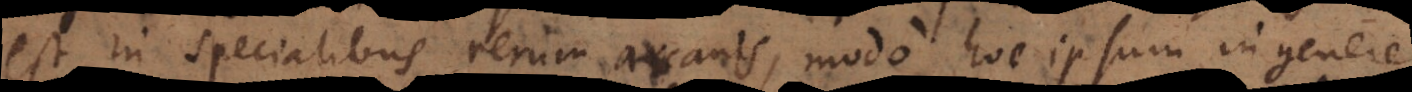
est in specialibus rerum arcanis, modo hoc ipsum in genere